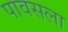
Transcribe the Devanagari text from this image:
पावसला